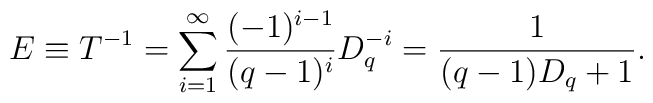
E \equiv T^{-1} = \sum_{i=1}^\infty \frac{(-1)^{i-1}}{(q-1)^i} D_q^{-i}= \frac1{(q-1)D_q+1}.